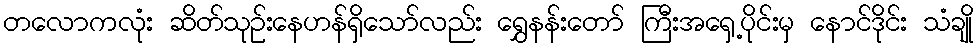
တလောကလုံး ဆိတ်သုဉ်းနေဟန်ရှိသော်လည်း ရွှေနန်းတော် ကြီးအရှေ့ပိုင်းမှ နောင်ဒိုင်း သံချို